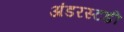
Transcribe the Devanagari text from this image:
अंडरस्टडी